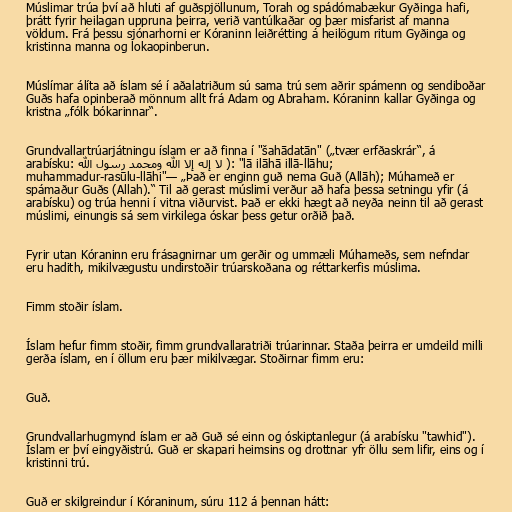
Múslimar trúa því að hluti af guðspjöllunum, Torah og spádómabækur Gyðinga hafi,
þrátt fyrir heilagan uppruna þeirra, verið vantúlkaðar og þær misfarist af manna
völdum. Frá þessu sjónarhorni er Kóraninn leiðrétting á heilögum ritum Gyðinga og
kristinna manna og lokaopinberun.

Múslímar álíta að íslam sé í aðalatriðum sú sama trú sem aðrir spámenn og sendiboðar
Guðs hafa opinberað mönnum allt frá Adam og Abraham. Kóraninn kallar Gyðinga og
kristna „fólk bókarinnar“.

Grundvallartrúarjátningu íslam er að finna í "šahādatān" („tvær erfðaskrár“, á
arabísku: لا إله إلا الله ومحمد رسول الله ): "lā ilāhā illā-llāhu;
muhammadur-rasūlu-llāhi"— „Það er enginn guð nema Guð (Allāh); Múhameð er
spámaður Guðs (Allah).“ Til að gerast múslimi verður að hafa þessa setningu yfir (á
arabísku) og trúa henni í vitna viðurvist. Það er ekki hægt að neyða neinn til að gerast
múslimi, einungis sá sem virkilega óskar þess getur orðið það.

Fyrir utan Kóraninn eru frásagnirnar um gerðir og ummæli Múhameðs, sem nefndar
eru hadith, mikilvægustu undirstoðir trúarskoðana og réttarkerfis múslima.

Fimm stoðir íslam.

Íslam hefur fimm stoðir, fimm grundvallaratriði trúarinnar. Staða þeirra er umdeild milli
gerða íslam, en í öllum eru þær mikilvægar. Stoðirnar fimm eru:

Guð.

Grundvallarhugmynd íslam er að Guð sé einn og óskiptanlegur (á arabísku "tawhid").
Íslam er því eingyðistrú. Guð er skapari heimsins og drottnar yfr öllu sem lifir, eins og í
kristinni trú.

Guð er skilgreindur í Kóraninum, súru 112 á þennan hátt: